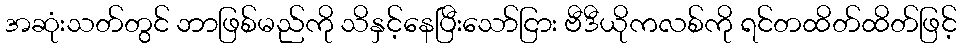
အဆုံးသတ်တွင် ဘာဖြစ်မည်ကို သိနှင့်နေပြီးသော်ငြား ဗီဒီယိုကလစ်ကို ရင်တထိတ်ထိတ်ဖြင့်